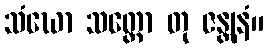
သံဃော သတ္ထော တု ဇန္တုနံ။